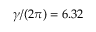
\gamma / ( 2 \pi ) = 6 . 3 2